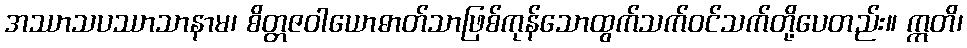
အဿာသပဿာသာနာမ၊ စိတ္တဇဝါယောဓာတ်သာဖြစ်ကုန်သောထွက်သက်ဝင်သက်တို့ပေတည်း။ ဣတိ၊